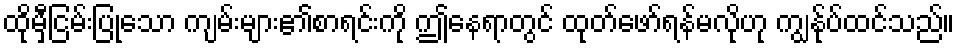
ထိုမှီငြမ်းပြုသော ကျမ်းများ၏စာရင်းကို ဤနေရာတွင် ထုတ်ဖော်ရန်မလိုဟု ကျွန်ုပ်ထင်သည်။